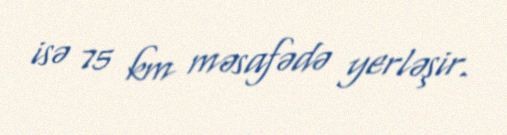
isə 75 km məsafədə yerləşir.